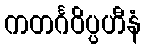
ကတင်္ဂဝိပ္ပဟီနံ